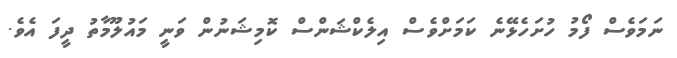
ނަމަވެސް ފޯމު ހުށަހެޅޭނެ ކަމަށްވެސް އިލެކްޝަންސް ކޮމިޝަނުން ވަނީ މައުލޫމާތު ދީފަ އެވެ.